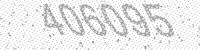
Solution: 406095